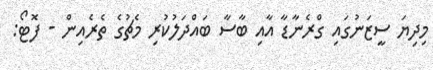
މިދިޔަ ސީޒަނުގައި ގްރެނާޑާ އާއި ބާސާ ބައްދަލުކުރި މެޗުގެ ތެރެއިން - ފޮޓޯ: